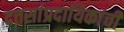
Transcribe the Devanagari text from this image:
दत्तसांप्रदायिकांची